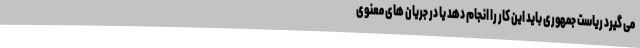
می گیرد ریاست جمهوری باید این کار را انجام دهد یا در جریان های معنوی